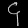
Digit: ၄